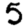
Digit: 5